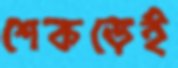
শেকড়েই